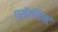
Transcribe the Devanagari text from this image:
प्रॉव्हिडन्ट